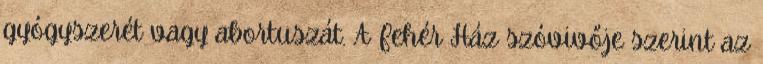
gyógyszerét vagy abortuszát. A Fehér Ház szóvivője szerint az